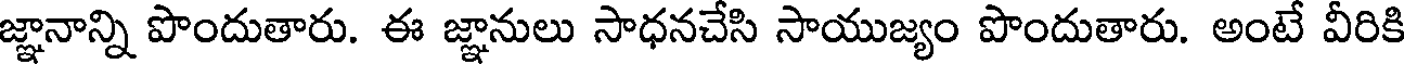
జ్ఞానాన్ని పొందుతారు. ఈ జ్ఞానులు సాధనచేసి సాయుజ్యం పొందుతారు. అంటే వీరికి